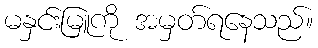
မနှင်းမြူကို အမှတ်ရနေသည်။